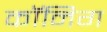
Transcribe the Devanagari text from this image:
कॉनिग